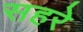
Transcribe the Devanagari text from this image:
सहरे